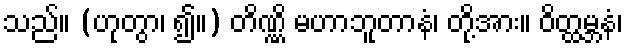
သည်။ (ဟုတွာ၊ ၍။) တိဏ္ဏိ မဟာဘူတာနံ၊ တို့အား။ ဝိတ္ထမ္ဘနံ၊